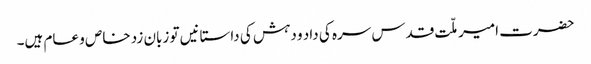
حضرت امیر ملّت قدس سرہ کی داد و دہش کی داستانیں تو زبان زد خاص و عام ہیں۔